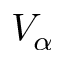
V _ { \alpha }